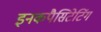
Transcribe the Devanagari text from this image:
इनकपैसिटेटिंग